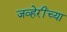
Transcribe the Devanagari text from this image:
जव्हेरींच्या